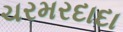
ચરમરદાદા